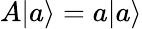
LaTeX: A|a\rangle=a|a\rangle